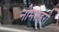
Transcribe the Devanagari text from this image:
नीमशहरी